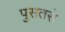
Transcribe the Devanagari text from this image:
पुसतसे